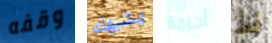
وقفه يشبهك أحزمة فظ